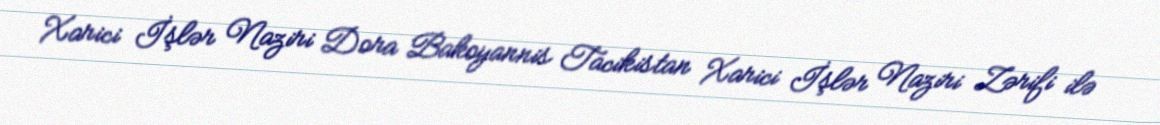
Xarici İşlər Naziri Dora Bakoyannis Tacikistan Xarici İşlər Naziri Zərifi ilə